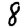
Digit: 8